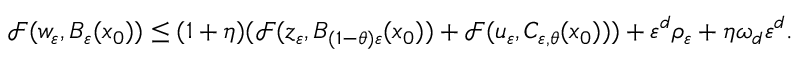
\mathcal { F } ( w _ { \varepsilon } , B _ { \varepsilon } ( x _ { 0 } ) ) \leq ( 1 + \eta ) ( \mathcal { F } ( z _ { \varepsilon } , B _ { ( 1 - \theta ) \varepsilon } ( x _ { 0 } ) ) + \mathcal { F } ( u _ { \varepsilon } , C _ { \varepsilon , \theta } ( x _ { 0 } ) ) ) + \varepsilon ^ { d } \rho _ { \varepsilon } + \eta \omega _ { d } \varepsilon ^ { d } .